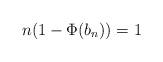
LaTeX: \begin{align*}n(1-\Phi(b_n))=1\end{align*}